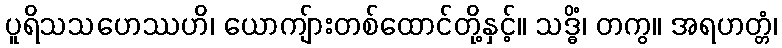
ပူရိသသဟေဿဟိ၊ ယောကျ်ားတစ်ထောင်တို့နှင့်။ သဒ္ဓိံ၊ တကွ။ အရဟတ္တံ၊